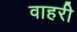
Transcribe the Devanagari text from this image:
वाहरी